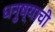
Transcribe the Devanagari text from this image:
धनुष्याची